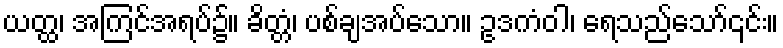
ယတ္ထ၊ အကြင်အရပ်၌။ ခိတ္တံ၊ ပစ်ချအပ်သော။ ဥဒကံဝါ၊ ရေသည်သော်၎င်း။